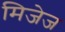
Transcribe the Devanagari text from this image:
मिजेज